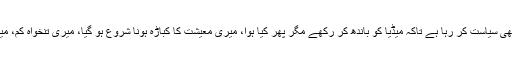
میں سدا کا خوش فہم ہوں اس لئے یہ سمجھا کہ اچھی سیاست کر رہا ہے تاکہ میڈیا کو باندھ کر رکھے مگر پھر کیا ہوا، میری معیشت کا کباڑہ ہونا شروع ہو گیا، میری تنخواہ کم، میرا دائرہ کار کم اور میری آزادی محدود ہوتی گئی۔